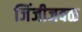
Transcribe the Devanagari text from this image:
जिंजीजवळ